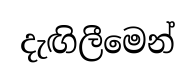
දැඟිලීමෙන්